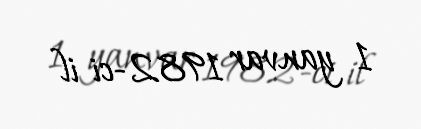
1 yanvar 1982-ci il